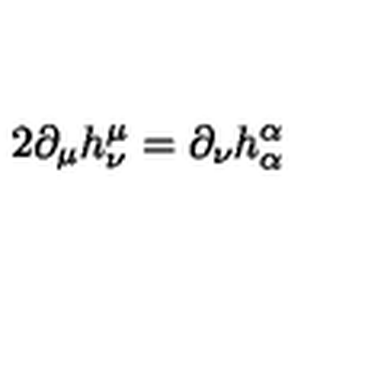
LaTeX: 2 \partial _ { \mu } h _ { \nu } ^ { \mu } = \partial _ { \nu } h _ { \alpha } ^ { \alpha }